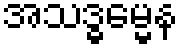
အသဒ္ဓမ္မေန